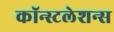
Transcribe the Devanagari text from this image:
कॉन्स्टलेशन्स